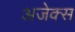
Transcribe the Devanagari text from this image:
अजेक्स